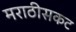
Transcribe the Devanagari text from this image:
मराठीसकट